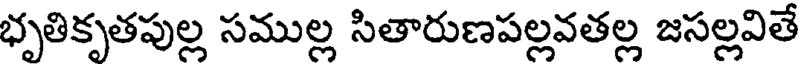
భృతికృతపుల్ల సముల్ల సితారుణపల్లవతల్ల జసల్లవితే